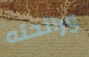
ورائحته